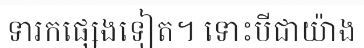
ទារកផ្សេងទៀត។ ទោះបីជាយ៉ាង